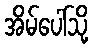
အိမ်ပေါ်သို့